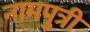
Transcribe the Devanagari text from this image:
नामपुत्री